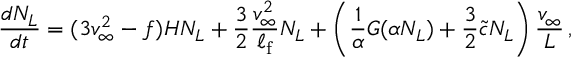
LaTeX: \frac { d N _ { L } } { d t } = ( 3 v _ { \infty } ^ { 2 } - f ) H N _ { L } + \frac { 3 } { 2 } \frac { v _ { \infty } ^ { 2 } } { \ell _ { \mathrm { f } } } N _ { L } + \left( \frac { 1 } { \alpha } G ( \alpha N _ { L } ) + \frac { 3 } { 2 } { \tilde { c } } N _ { L } \right) \frac { v _ { \infty } } { L } \, ,